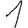
Digit: 1